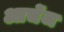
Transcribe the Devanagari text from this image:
आर्चेज